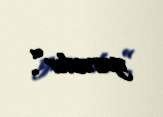
yaradır”.